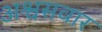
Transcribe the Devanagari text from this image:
अश्वसवार